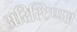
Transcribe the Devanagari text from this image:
अरिस्टिप्पस